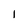
Character: l